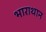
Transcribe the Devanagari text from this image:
भाराथान